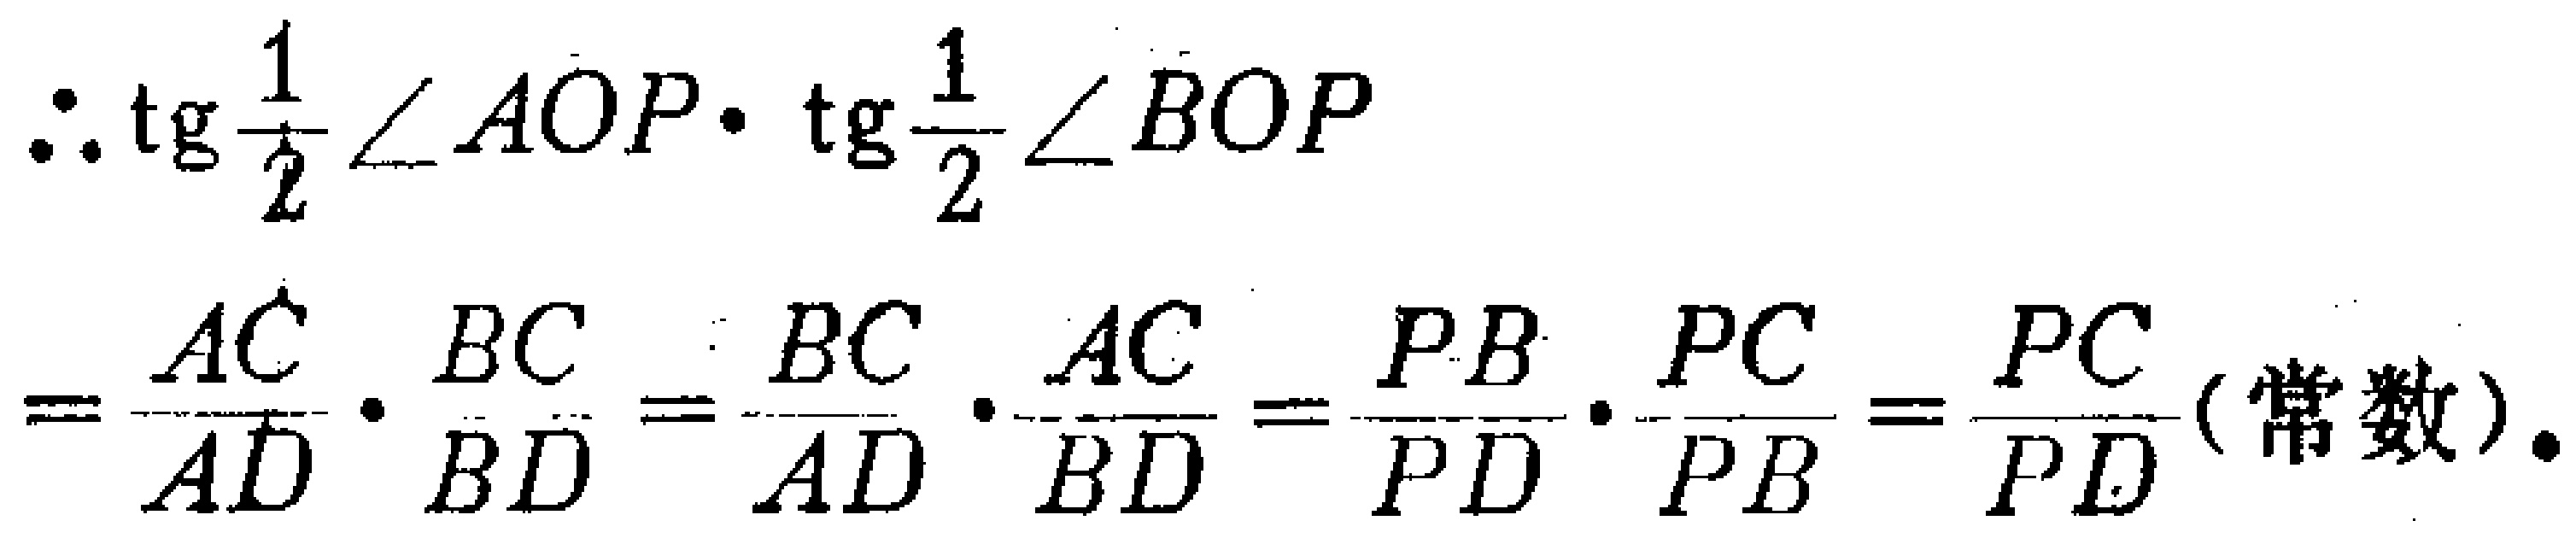
\(\therefore \tg\frac{1}{2}\angle AOP\cdot \tg\frac{1}{2}\angle BOP\)
\(=\frac{AC}{AD}\cdot\frac{BC}{BD}=\frac{BC}{AD}\cdot\frac{AC}{BD}=\frac{PB}{PD}\cdot\frac{PC}{PB}=\frac{PC}{PD}(\text{常数}).\)